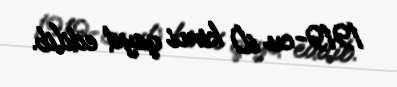
1919-cu il) kimi qeyd edilib.